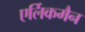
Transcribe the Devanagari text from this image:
एर्लिकमैन